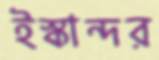
ইস্কান্দর